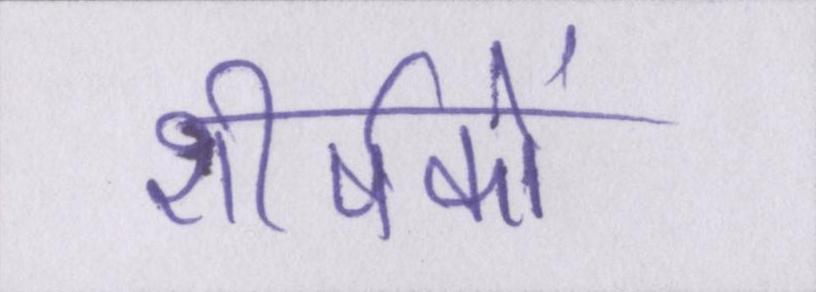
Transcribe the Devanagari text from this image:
शीर्षकों